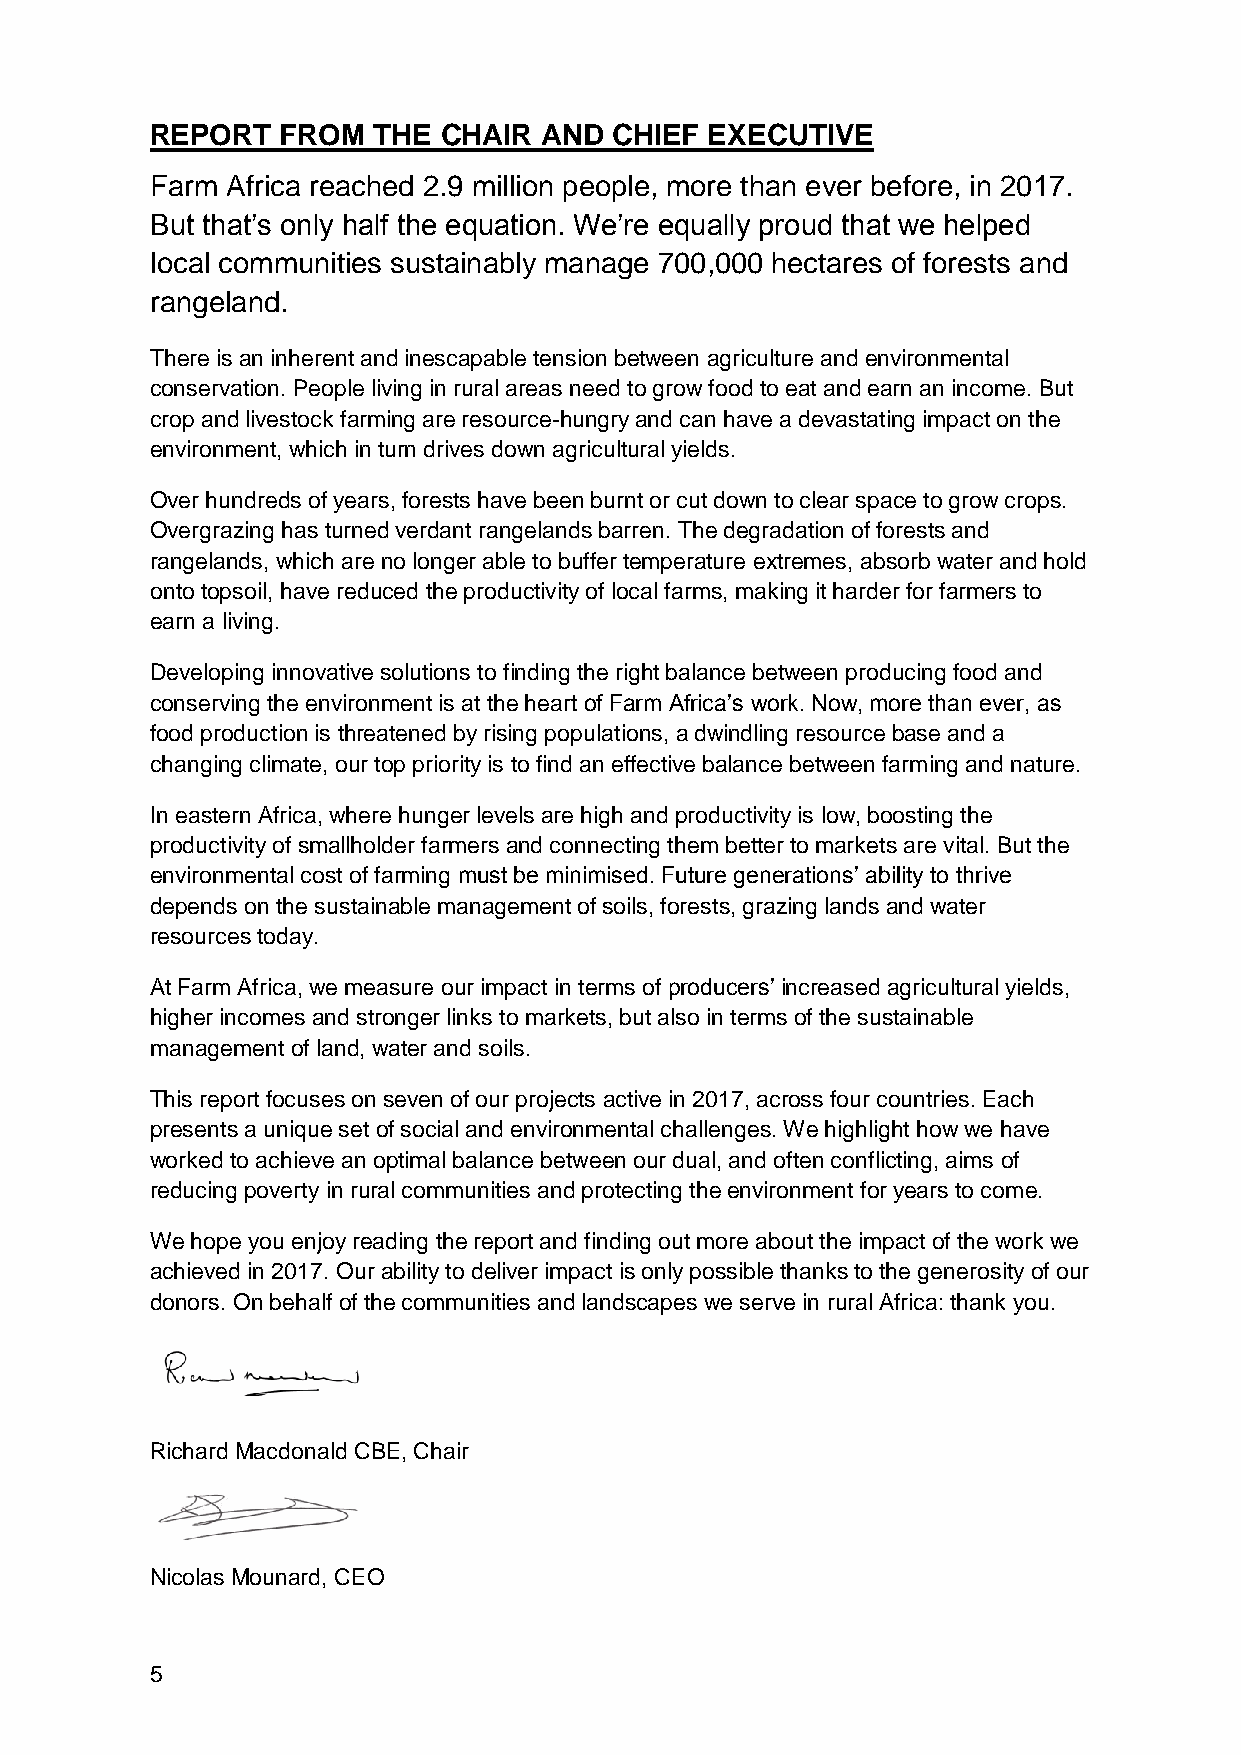
REPORT   FROM  THE CHAIR  AND  CHIEF EXECUTIVE
 Farm Africa reached 2.9 million people, more than ever before, in 2017.
 But that’s only half the equation. We’re equally proud that we helped
 local communities sustainably manage 700,000 hectares of forests and
 rangeland.
 There is an inherent and inescapable tension between agriculture and environmental
 conservation. People living in rural areas need to grow food to eat and earn an income. But
 crop and livestock farming are resource-hungry and can have a devastating impact on the
 environment, which in turn drives down agricultural yields.
 Over hundreds of years, forests have been burnt or cut down to clear space to grow crops.
 Overgrazing has turned verdant rangelands barren. The degradation of forests and
 rangelands, which are no longer able to buffer temperature extremes, absorb water and hold
 onto topsoil, have reduced the productivity of local farms, making it harder for farmers to
 earn a living.
 Developing innovative solutions to finding the right balance between producing food and
 conserving the environment is at the heart of Farm Africa’s work. Now, more than ever, as
 food production is threatened by rising populations, a dwindling resource base and a
 changing climate, our top priority is to find an effective balance between farming and nature.
 In eastern Africa, where hunger levels are high and productivity is low, boosting the
 productivity of smallholder farmers and connecting them better to markets are vital. But the
 environmental cost of farming must be minimised. Future generations’ ability to thrive
 depends on the sustainable management of soils, forests, grazing lands and water
 resources today.
 At Farm Africa, we measure our impact in terms of producers’ increased agricultural yields,
 higher incomes and stronger links to markets, but also in terms of the sustainable
 management of land, water and soils.
 This report focuses on seven of our projects active in 2017, across four countries. Each
 presents a unique set of social and environmental challenges. We highlight how we have
 worked to achieve an optimal balance between our dual, and often conflicting, aims of
 reducing poverty in rural communities and protecting the environment for years to come.
 We hope you enjoy reading the report and finding out more about the impact of the work we
 achieved in 2017. Our ability to deliver impact is only possible thanks to the generosity of our
 donors. On behalf of the communities and landscapes we serve in rural Africa: thank you.
 Richard Macdonald CBE, Chair
 Nicolas Mounard, CEO
 5